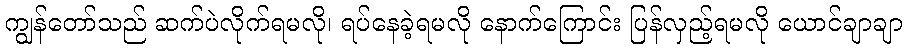
ကျွန်တော်သည် ဆက်ပဲလိုက်ရမလို၊ ရပ်နေခဲ့ရမလို နောက်ကြောင်း ပြန်လှည့်ရမလို ယောင်ချာချာ